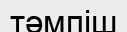
тәмпіш